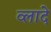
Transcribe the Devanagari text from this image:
व्लादे